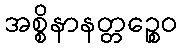
အစ္စိနာနတ္တဉ္စေဝ